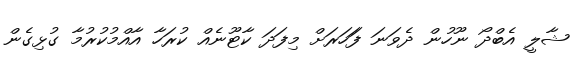
ޝާލީ އެބްދޯ ނޫހުން ދެވަނަ ފަަހަރަށް މިފަދަ ކާޓޫނެއް ކުރަހާ އާއްމުުކުރުމާ ގުޅިގެން